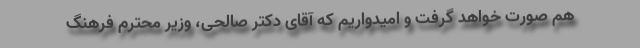
هم صورت خواهد گرفت و امیدواریم که آقای دکتر صالحی، وزیر محترم فرهنگ